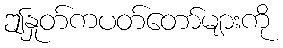
ဤနှုတ်ကပတ်တော်များကို